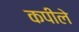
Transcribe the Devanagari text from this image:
कपीले